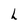
Character: L